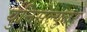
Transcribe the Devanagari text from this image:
युनिसेल्युलर